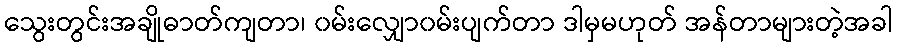
သွေးတွင်းအချိုဓာတ်ကျတာ၊ ၀မ်းလျှော၀မ်းပျက်တာ ဒါမှမဟုတ် အန်တာများတဲ့အခါ